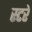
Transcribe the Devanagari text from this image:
स्टरे